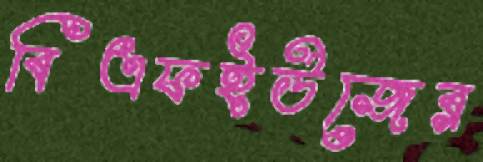
বিএফইউজের